Civil Veterinary Department Bihar reports 1940-50 - 1940-1950
Year: 1940
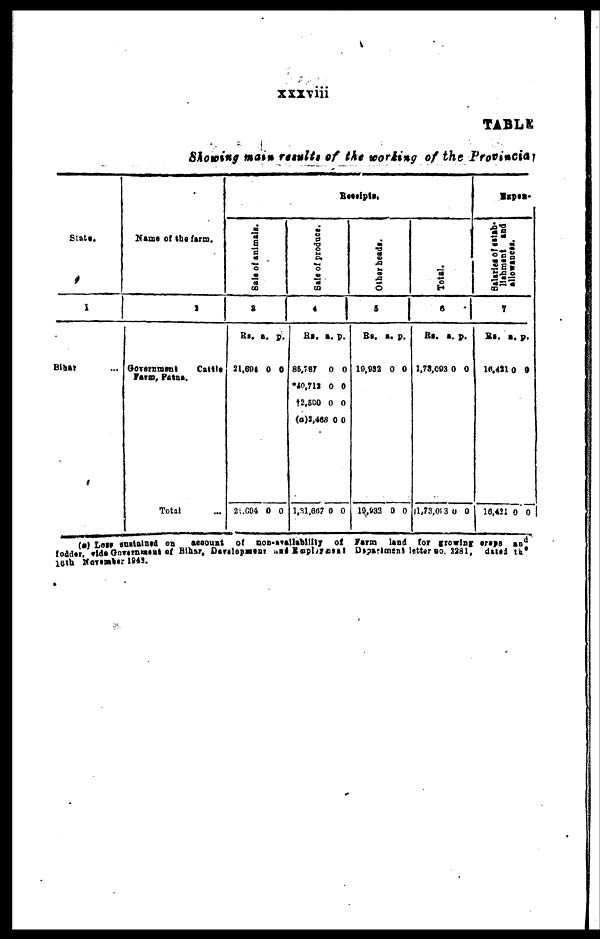
xxxviii
TABLE
Showing main results of the working of the Provincial
State.
1
Bihar ...
Nama of the farm.
2
Government Cattle
Total ...
Sale of animals.
8
Rs. a. p.
21,694 0 0
2,694 0 0
Receipts.
Sala
of produce.
4
Rs. a. p.
85,787 0 0
*40,712 0 0
†2,500 0 0
(a)2,468 0 0
1,81,667 0 0
Other heads.
5
Rs. a. p.
19,932 0 0
10,933 0 0
Total.
A
Rs. a. p.
1,73,093 0 0
11,73,093 0 0
Expan-
Salaries
of estab*
lishment and
allowances.
7
Rs. a. p.
10,421 0 9
16,421 0 0
(a) Lose sustained on
account of non-availablilty of farm land for growing craps and
folder, vide Government of Bihar, Dovelopment and Employment Department letter no. 2281, dated the
16th November 1943.